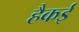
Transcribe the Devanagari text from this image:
हैकई